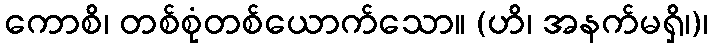
ကောစိ၊ တစ်စုံတစ်ယောက်သော။ (ဟိ၊ အနက်မရှိ၊)၊